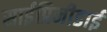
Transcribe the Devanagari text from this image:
साईप्रिनीडाई